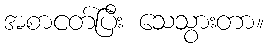
အစာငတ်ပြီး သေသွားတာ။